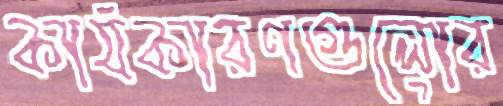
কার্যকারণগুলোর